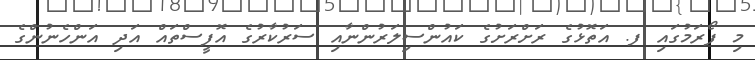
މި ފޯރަމުގައި ފ. އަތޮޅުގެ ރަށްރަށުގެ ކައުންސިލަރުންނާއި ސަރުކާރުގެ އޮފީސްތައް އަދި އަންހެނުންގެ